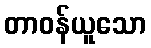
တာဝန်ယူသော